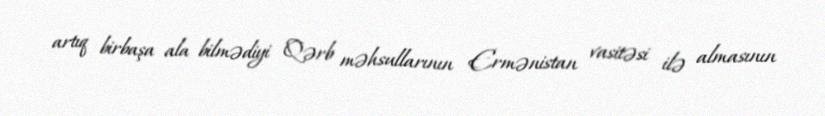
artıq birbaşa ala bilmədiyi Qərb məhsullarının Ermənistan vasitəsi ilə almasının